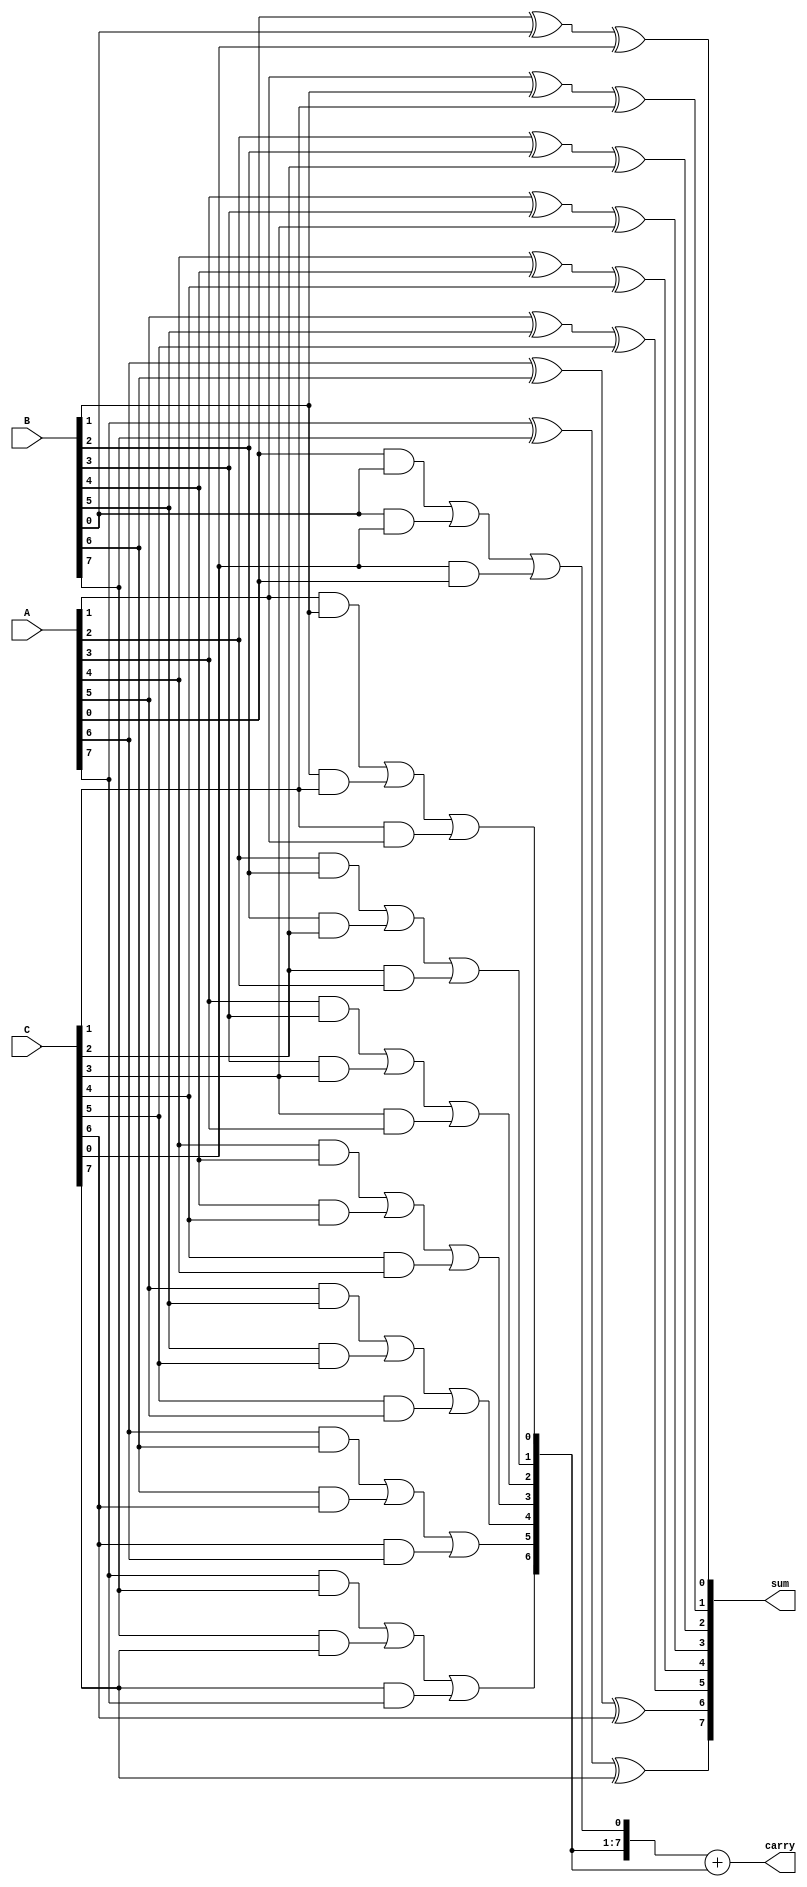
module carry_save_adder #(parameter N = 8) (
    input  [N-1:0] A, // First input
    input  [N-1:0] B, // Second input
    input  [N-1:0] C, // Third input
    output [N-1:0] sum, // Sum output
    output [N:0] carry // Carry output (N+1 bits to accommodate carry out)
);

    // Intermediate sum and carry arrays
    wire [N-1:0] sum_intermediate;
    wire [N-1:0] carry_intermediate;

    // Generate full adders for each bit position
    genvar i;
    generate
        for (i = 0; i < N; i = i + 1) begin : full_adder
            // Full adder logic: sum = A + B + C
            assign sum_intermediate[i] = A[i] ^ B[i] ^ C[i];
            assign carry_intermediate[i] = (A[i] & B[i]) | (B[i] & C[i]) | (C[i] & A[i]);
        end
    endgenerate

    // Final carry output
    assign carry = carry_intermediate + {1'b0, carry_intermediate[N-1:1]}; // Combine carry bits

    // Final sum output
    assign sum = sum_intermediate;

endmodule